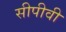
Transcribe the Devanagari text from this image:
सीपीवी